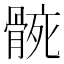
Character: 𮪬